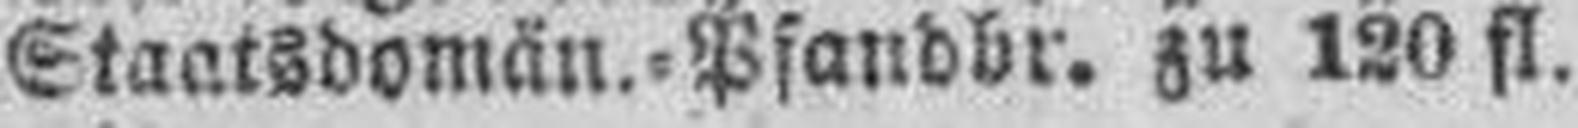
Staatsdomän.=Pfandpr. zu 120 fl.